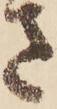
さ